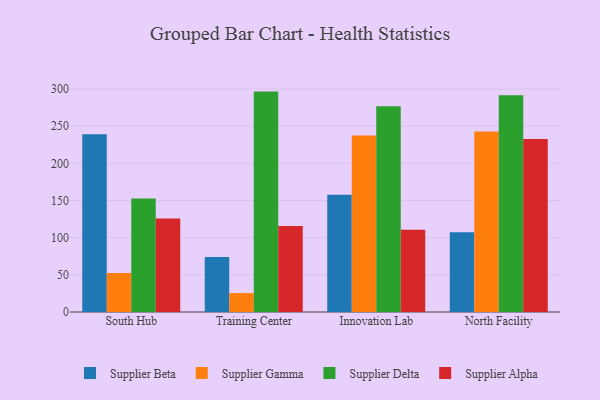
{"axis": {"x": "Campus", "y": "Market Share (%)"}, "legend": ["Supplier Alpha", "Supplier Beta", "Supplier Delta", "Supplier Gamma"], "data": [{"x": "South Hub", "y": 239.3, "type": "Supplier Beta"}, {"x": "South Hub", "y": 52.4, "type": "Supplier Gamma"}, {"x": "South Hub", "y": 152.6, "type": "Supplier Delta"}, {"x": "South Hub", "y": 125.7, "type": "Supplier Alpha"}, {"x": "Training Center", "y": 73.9, "type": "Supplier Beta"}, {"x": "Training Center", "y": 25.5, "type": "Supplier Gamma"}, {"x": "Training Center", "y": 296.6, "type": "Supplier Delta"}, {"x": "Training Center", "y": 115.8, "type": "Supplier Alpha"}, {"x": "Innovation Lab", "y": 157.7, "type": "Supplier Beta"}, {"x": "Innovation Lab", "y": 237.5, "type": "Supplier Gamma"}, {"x": "Innovation Lab", "y": 276.9, "type": "Supplier Delta"}, {"x": "Innovation Lab", "y": 110.8, "type": "Supplier Alpha"}, {"x": "North Facility", "y": 107.3, "type": "Supplier Beta"}, {"x": "North Facility", "y": 242.8, "type": "Supplier Gamma"}, {"x": "North Facility", "y": 291.6, "type": "Supplier Delta"}, {"x": "North Facility", "y": 232.8, "type": "Supplier Alpha"}]}